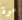
مرة